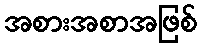
အစားအစာအဖြစ်